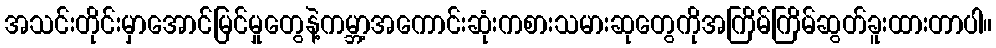
အသင်းတိုင်းမှာအောင်မြင်မှုတွေနဲ့ကမ္ဘာ့အကောင်းဆုံးကစားသမားဆုတွေကိုအကြိမ်ကြိမ်ဆွတ်ခူးထားတာပါ။